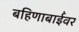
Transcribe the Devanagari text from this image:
बहिणाबाईंवर